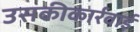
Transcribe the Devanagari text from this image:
उसकीकार्रवाई